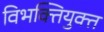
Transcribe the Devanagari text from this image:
विभक्तियुक्त